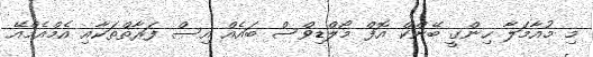
މި މުއާމަލާ ހިންގީ ބޭންކް އޮފް މޯލްޑިވްސް ބައެއް އިސް ފަރާތްތަކާއި އެމްއެމްއޭ